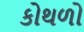
કોથળો